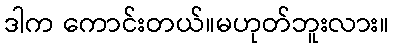
ဒါက ကောင်းတယ်။မဟုတ်ဘူးလား။